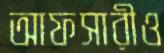
আফসারীও